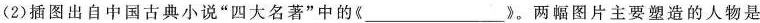
(2)插图出自中国古典小说”四大名著”中的《___》。两幅图片主要塑造的人物是